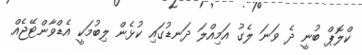
ކްލޮޕް ބުނީ ދެ ވަނަ ލެގު އަމިއްލަ ދަނޑުގައި ކުޅެން ލިބުމަކީ އެޑްވާންޓޭޖެއް